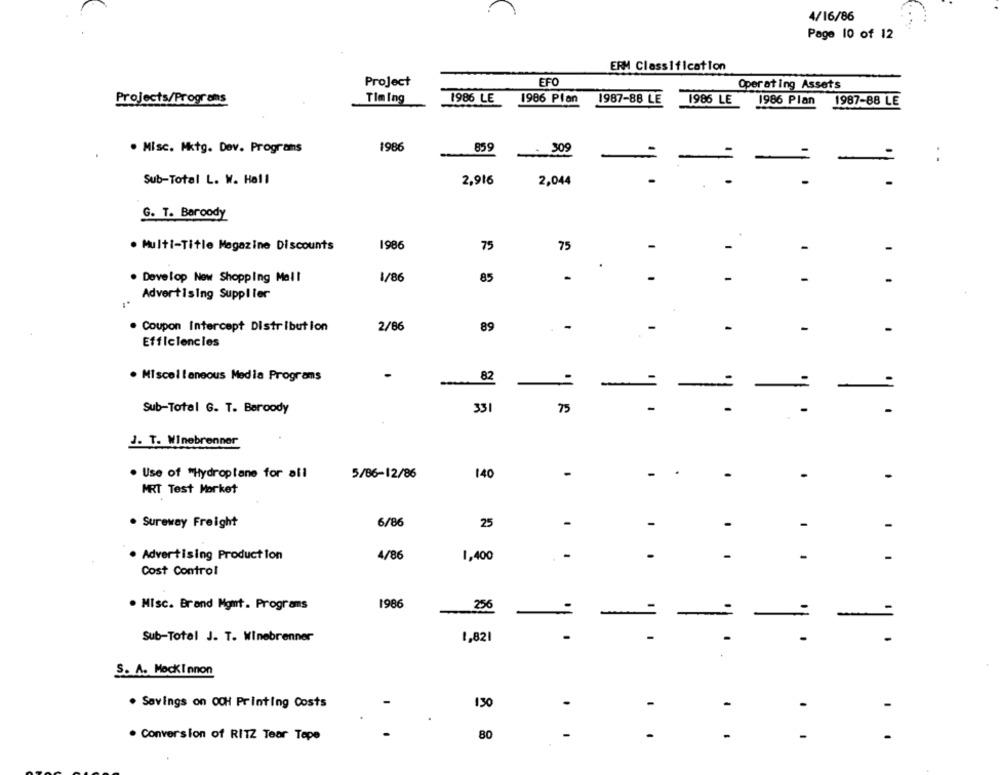
4/16/86
Page 10 of 12
ERM Classification
Project
EFO
Operating Assets
Projects/Programs
Timing
1986 LE
1986 Plan
1987-88 LE
1986 LE
1986 Plan
1987-88 LE
1986
859
. Misc. Mktg. Dev. Programs
:309
-
. .
Sub-Total L. W. Hall
2,916
2,044
G. T. Baroody
. Multi-Title Magazine Discounts
1986
75
75
. Develop New Shopping Mall
1/86
85
-
Advertising Supplier
. Coupon Intercept Distribution
2/86
89
. -
.-
-
-
-
Efficiencies
. Miscellaneous Media Programs
82
-
-
-
Sub-Total G. T. Beroody
331
75
-
J. T. Winebrenner
. Use of "Hydroplane for all
140
-
-
5/86-12/86
MRT Test Market
. Sureway Freight
6/86
25
-
-
-
-
-
. Advertising Production
4/86
1,400
-
-
-
Cost Control
1986
. MIsc. Brand Mgmt. Programs
256
-
Sub-Total J. T. Winebrenner
1,82
S. A. MockInnon
. Savings on OCH Printing Costs
130
80
-
-
. Conversion of RITZ Tear Tepe